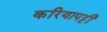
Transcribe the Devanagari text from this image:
करियापट्टी